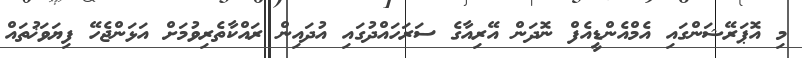
މި އޮޕަރޭޝަންގައި އެމްއެންޑީއެފް ނޮދަން އޭރިއާގެ ސަރަހައްދުގައި އުދައިން ރައްކާތެރިވުމަށް އަޅަންޖެހޭ ފިޔަވަޚުތައް